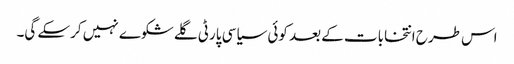
اس طرح انتخابات کے بعد کوئی سیاسی پارٹی گلے شکوے نہیں کرسکے گی۔